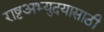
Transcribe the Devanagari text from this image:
राष्टअभ्युदयासाठी